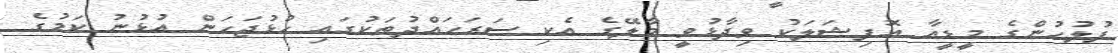
ފުލުހުންގެ މީޑީއާ އޮފިޝަލަކު ވިދާޅުވީ މާލޭގެ އެކި ސަރަހައްދުތަކުގައި ހުޅުޖަހަން އުޅުނު ކަމުގެ